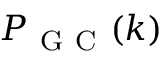
P _ { \mathrm { ~ G ~ C ~ } } ( k )